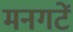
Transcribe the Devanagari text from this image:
मनगटें